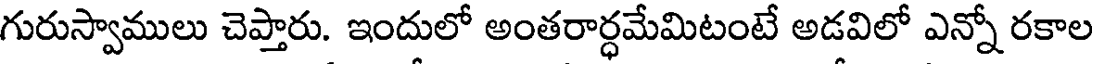
గురుస్వాములు చెప్తారు. ఇందులో అంతరార్ధమేమిటంటే అడవిలో ఎన్నో రకాల